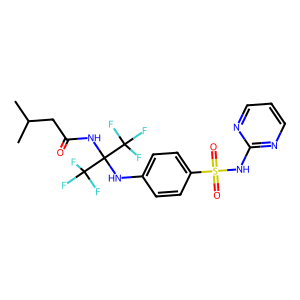
SMILES: CC(C)CC(=O)NC(Nc1ccc(S(=O)(=O)Nc2ncccn2)cc1)(C(F)(F)F)C(F)(F)F
Inhibits HIV replication: No